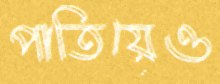
পাতিয়েও